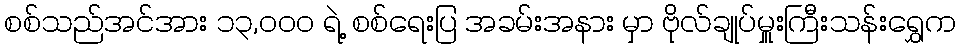
စစ်သည်အင်အား ၁၃,၀၀၀ ရဲ့ စစ်ရေးပြ အခမ်းအနား မှာ ဗိုလ်ချုပ်မှူးကြီးသန်းရွှေက